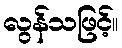
လွန်သဖြင့်။